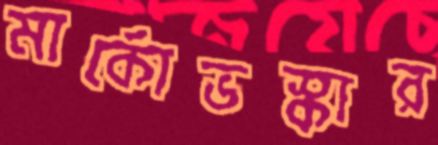
মার্কোভস্কার